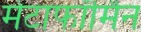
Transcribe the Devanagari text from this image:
मेटाफॉर्मिन